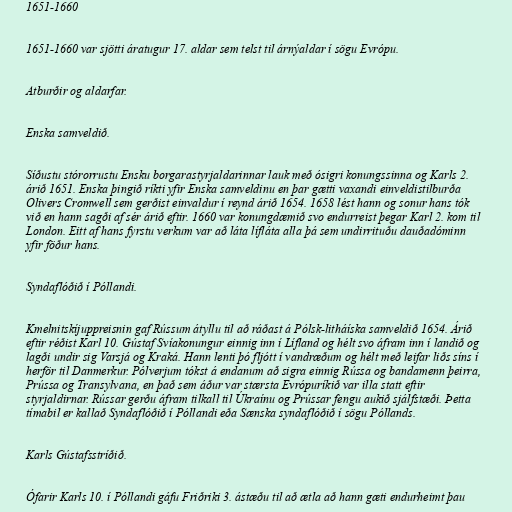
1651-1660

1651-1660 var sjötti áratugur 17. aldar sem telst til árnýaldar í sögu Evrópu.

Atburðir og aldarfar.

Enska samveldið.

Síðustu stórorrustu Ensku borgarastyrjaldarinnar lauk með ósigri konungssinna og Karls 2.
árið 1651. Enska þingið ríkti yfir Enska samveldinu en þar gætti vaxandi einveldistilburða
Olivers Cromwell sem gerðist einvaldur í reynd árið 1654. 1658 lést hann og sonur hans tók
við en hann sagði af sér árið eftir. 1660 var konungdæmið svo endurreist þegar Karl 2. kom til
London. Eitt af hans fyrstu verkum var að láta lífláta alla þá sem undirrituðu dauðadóminn
yfir föður hans.

Syndaflóðið í Póllandi.

Kmelnitskíjuppreisnin gaf Rússum átyllu til að ráðast á Pólsk-litháíska samveldið 1654. Árið
eftir réðist Karl 10. Gústaf Svíakonungur einnig inn í Lífland og hélt svo áfram inn í landið og
lagði undir sig Varsjá og Kraká. Hann lenti þó fljótt í vandræðum og hélt með leifar liðs síns í
herför til Danmerkur. Pólverjum tókst á endanum að sigra einnig Rússa og bandamenn þeirra,
Prússa og Transylvana, en það sem áður var stærsta Evrópuríkið var illa statt eftir
styrjaldirnar. Rússar gerðu áfram tilkall til Úkraínu og Prússar fengu aukið sjálfstæði. Þetta
tímabil er kallað Syndaflóðið í Póllandi eða Sænska syndaflóðið í sögu Póllands.

Karls Gústafsstríðið.

Ófarir Karls 10. í Póllandi gáfu Friðriki 3. ástæðu til að ætla að hann gæti endurheimt þau